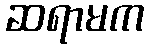
ဆရာမက